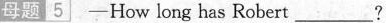
母题 5 -How long has Robert___?